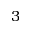
3